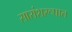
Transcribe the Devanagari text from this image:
सारांशरूपात